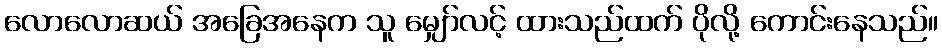
လောလောဆယ် အခြေအနေက သူ မျှော်လင့် ထားသည်ထက် ပိုလို့ ကောင်းနေသည်။